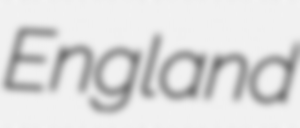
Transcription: England